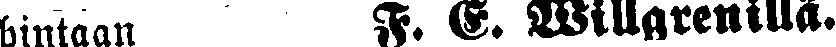
hintaan  F. G. Willgrenillä.